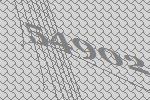
54902